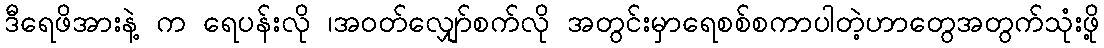
ဒီရေဖိအားနဲ့ က ရေပန်းလို ၊အဝတ်လျှော်စက်လို အတွင်းမှာရေစစ်စကာပါတဲ့ဟာတွေအတွက်သုံးဖို့